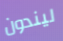
ليندون